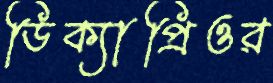
ডিক্যাপ্রিওর